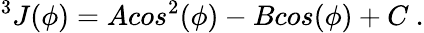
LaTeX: ^3J(\phi)=Acos^{2}(\phi)-Bcos(\phi)+C~.